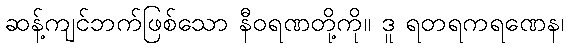
ဆန့်ကျင်ဘက်ဖြစ်သော နီဝရဏတို့ကို။ ဒူ ရတရကရဏေန၊